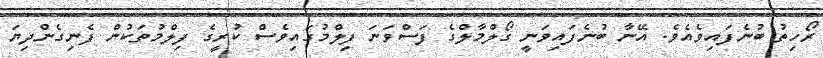
ރޯހިތު ބުނެފައިވެއެވެ. އޭނާ ބުނެފައިވަނީ ގޯލްމާލްގެ ފަސްވަނަ ފިލްމުގައިވެސް ކުރީގެ ފިލްމުތަކުން ފެނިގެންދިޔަ